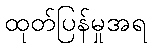
ထုတ်ပြန်မှုအရ